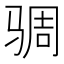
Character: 𮹋